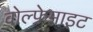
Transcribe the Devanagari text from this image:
वोल्फ्रेमाइट